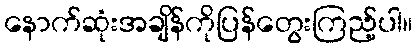
နောက်ဆုံးအချိန်ကိုပြန်တွေးကြည့်ပါ။